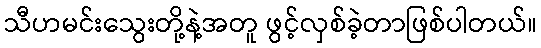
သီဟမင်းသွေးတို့နဲ့အတူ ဖွင့်လှစ်ခဲ့တာဖြစ်ပါတယ်။